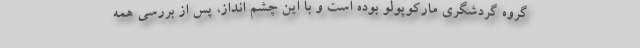
گروه گردشگری مارکوپولو بوده است و با این چشم انداز، پس از بررسی همه